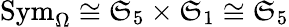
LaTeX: \mathrm{Sym}_{\Omega}\cong\mathfrak{S}_{5}\times\mathfrak{S}_{1}\cong\mathfrak{S}_{5}